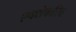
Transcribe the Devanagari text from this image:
एक्सेकटिव